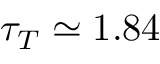
\tau _ { T } \simeq 1 . 8 4